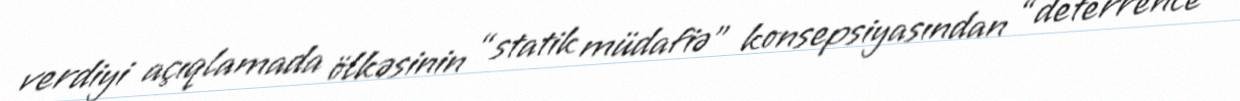
verdiyi açıqlamada ölkəsinin “statik müdafiə” konsepsiyasından “deterrence”